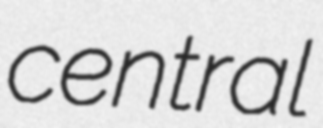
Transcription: central